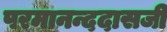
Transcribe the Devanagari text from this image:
परमानन्ददासजी